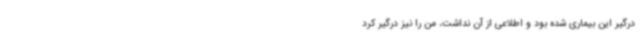
درگیر این بیماری شده بود و اطلاعی از آن نداشت، من را نیز درگیر کرد